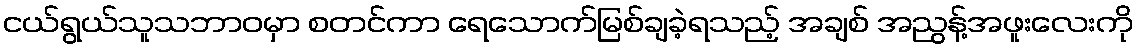
ငယ်ရွယ်သူသဘာဝမှာ စတင်ကာ ရေသောက်မြစ်ချခဲ့ရသည့် အချစ် အညွန့်အဖူးလေးကို